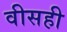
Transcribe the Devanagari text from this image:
वीसही